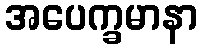
အပေက္ခမာနာ